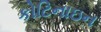
કોટિનાઇન